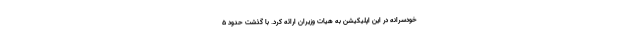
خودسرانه در این اپلیکیشن به هیات وزیران ارائه کرد. با گذشت حدود ۵